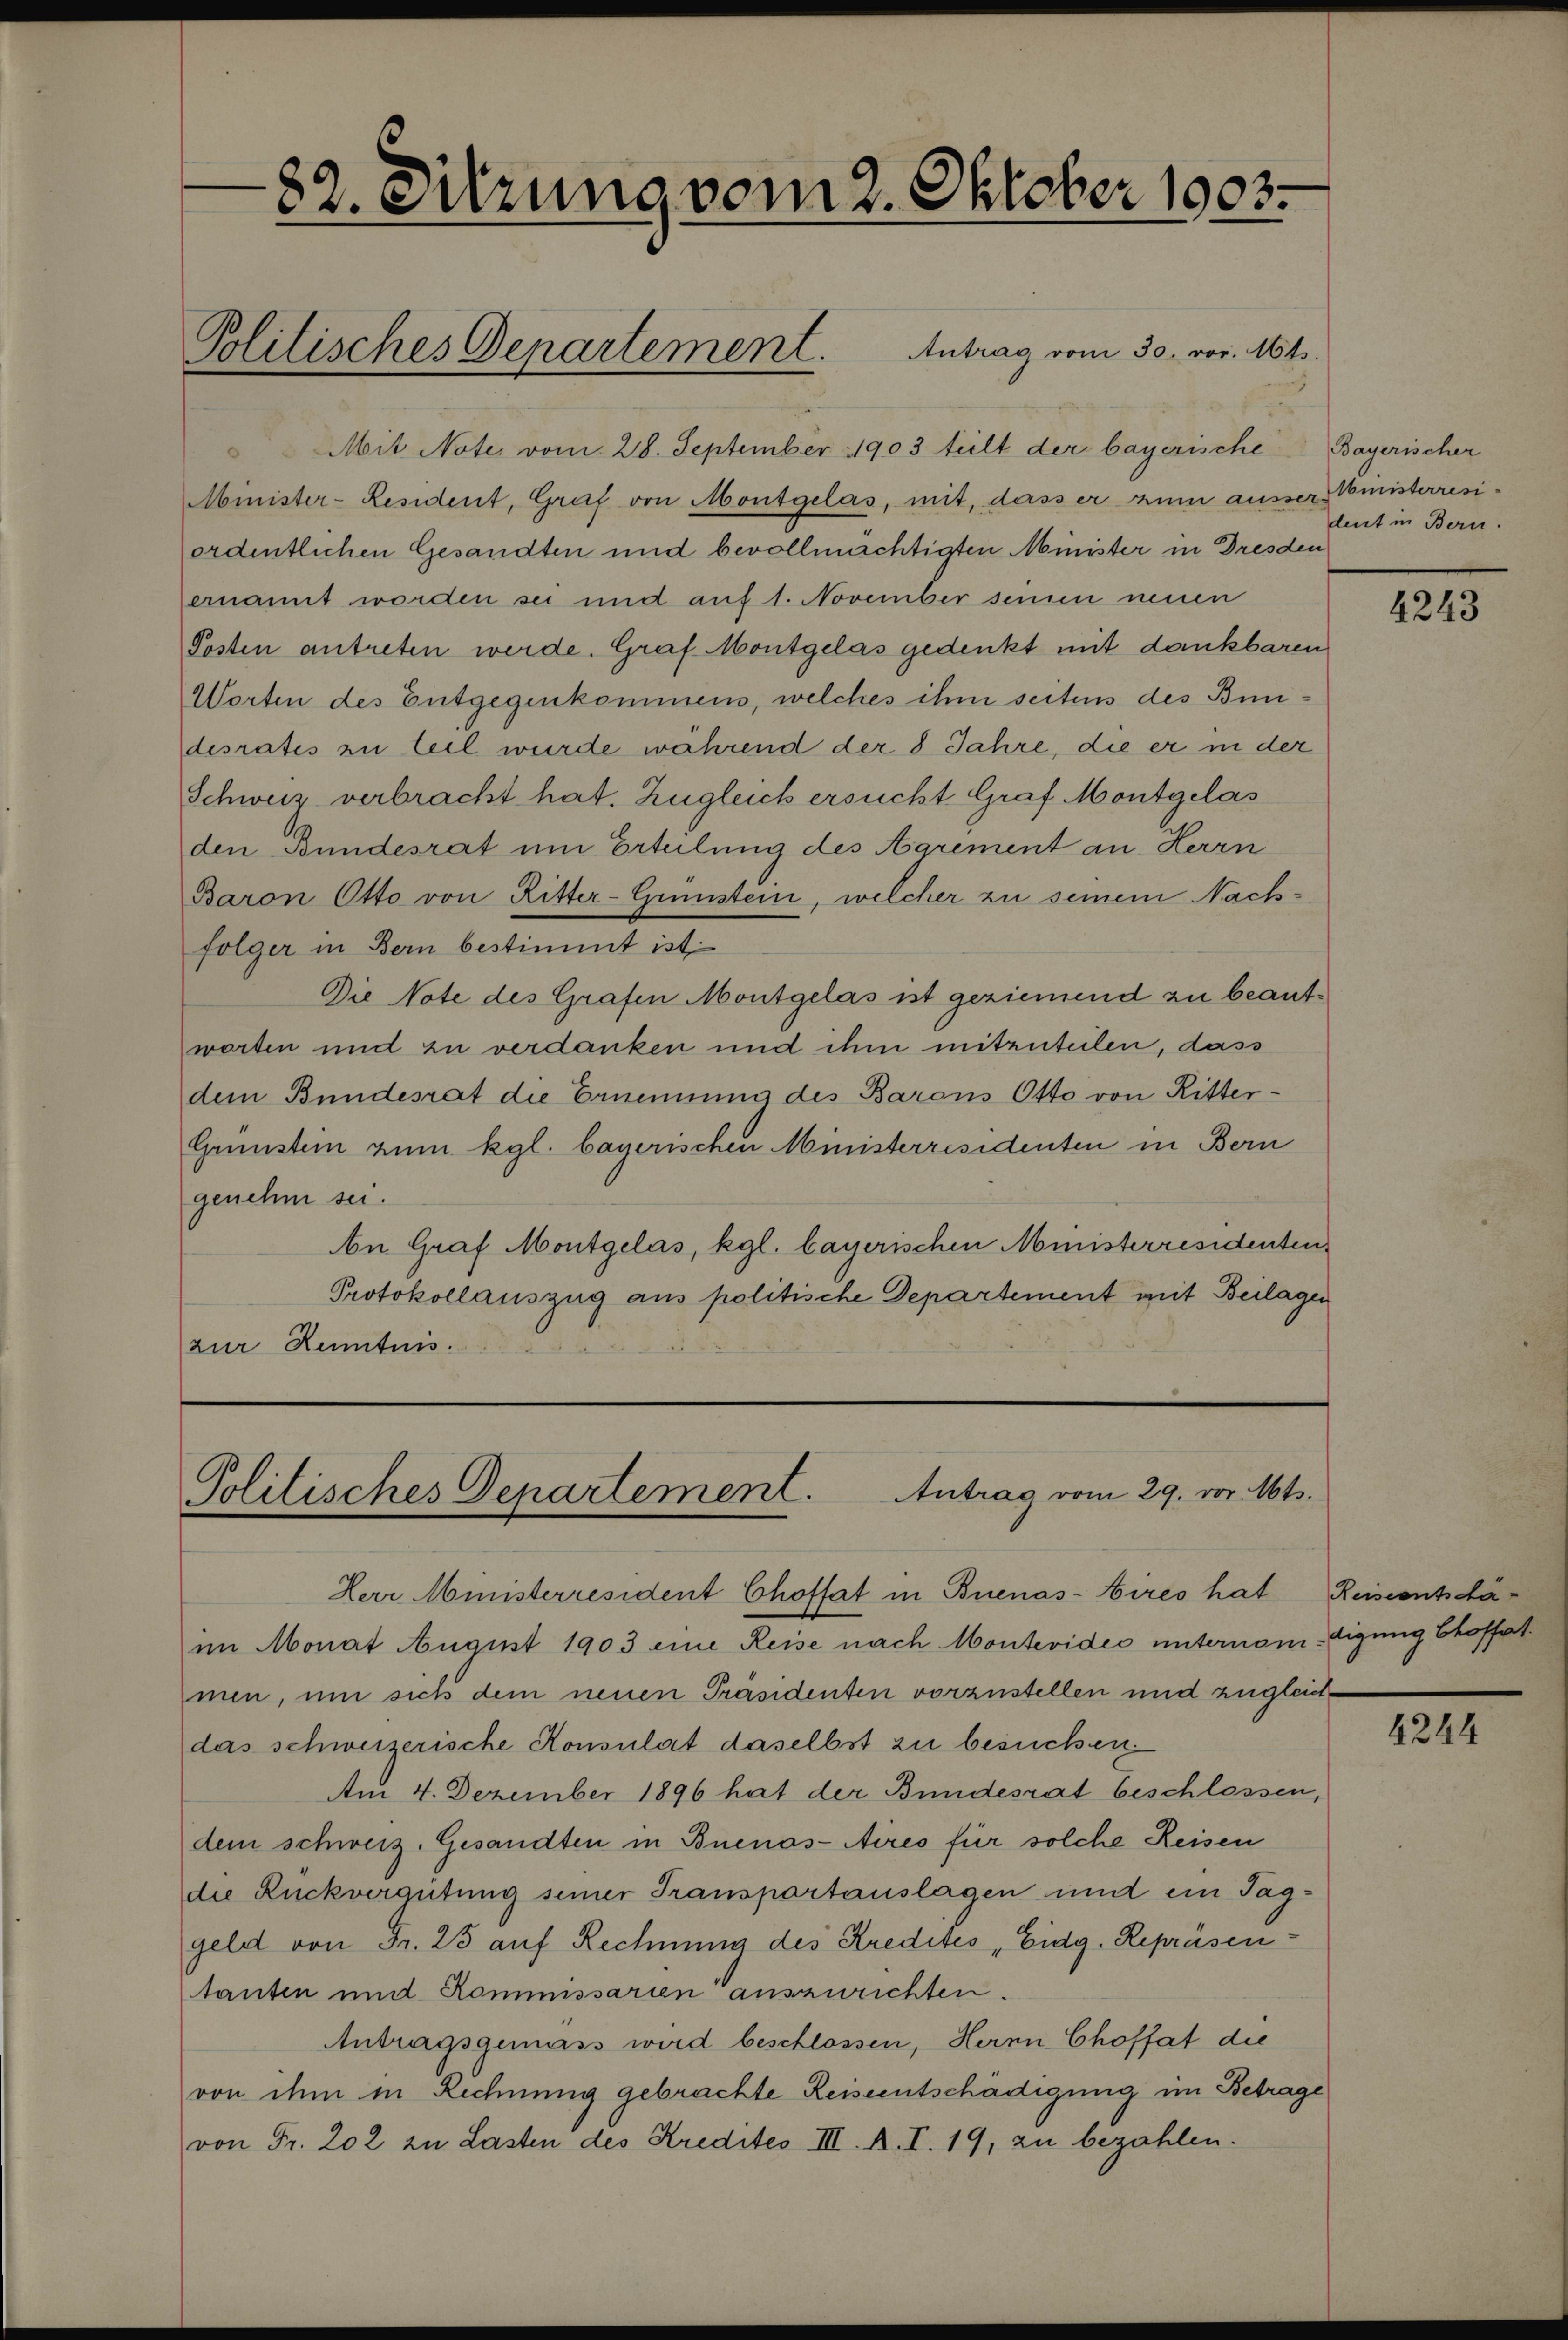
82. Sitzung vom 2. Oktober 1903.
Politisches Departement. Antrag vom 30. vor. Mts.
Mit Note vom 28. September 1903 teilt der bayerische
Minister-Resident, Graf von Montgelas, mit, dass er zum ausser¬
ordentlichen Gesandten und bevollmächtigten Minister in Dresden
ernannt worden sei und auf 1. November seinen neuen
Posten antreten werde. Graf Montgelas gedenkt mit dankbaren
Worten des Entgegenkommens, welches ihm seitens des Bun¬
desrates zu teil wurde während der 8 Jahre, die er in der
Schweiz verbracht hat. Zugleich ersucht Graf Montgelas
den Bundesrat um Erteilung des Agrément an Herrn
Baron Otto von Ritter-Grünstein, welcher zu seinem Nach¬
folger in Bern bestimmt ist.
Die Note des Grafen Montgelas ist geziemend zu beant¬
worten und zu verdanken und ihm mitzuteilen, dass
dem Bundesrat die Ernennung des Barons Otto von Ritter-
Grünstein zum kgl. bayerischen Ministerresidenten in Bern
genehm sei.
An Graf Montgelas, kgl. bayerischen Ministerresidenten.
Protokollauszug ans politische Departement mit Beilagen
zur Kenntnis.
Politisches Departement. Antrag vom 29. vor. Mts.
Herr Ministerresident Choffat in Buenos-Aires hat
im Monat August 1903 eine Reise nach Montevideo unternom¬
men, um sich dem neuen Präsidenten vorzustellen und zugleich
das schweizerische Konsulat daselbst zu besuchen.
Am 4. Dezember 1896 hat der Bundesrat beschlossen,
dem schweiz. Gesandten in Buenos-Aires für solche Reisen
die Rückvergütung seiner Transportauslagen und ein Tag¬
geld von Fr. 25 auf Rechnung des Kredites "Eidg. Repräsen¬
tanten und Kommissarien" auszurichten.
Antragsgemäss wird beschlossen, Herrn Choffat die
von ihm in Rechnung gebrachte Reiseentschädigung im Betrage
von Fr. 202 zu Lasten des Kredites III. A. I. 19, zu bezahlen.

Bayerischer
Ministerresi¬
dent in Bern.
4243

Reiseentschä¬
digung Choffat
4244